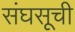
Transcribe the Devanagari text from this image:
संघसूची